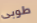
طوبى